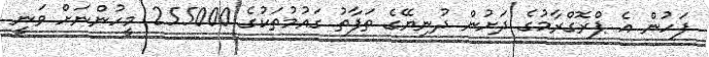
ފަހުން އެ ޕްރޮގްރާމުގެ ދަށުން ދުނިޔޭގެ ތަފާތު ގައުމުތަކުގެ 255000 މީހުންނަށް ވަނީ